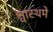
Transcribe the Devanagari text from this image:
श्वास्थमे